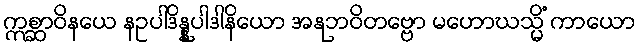
ဣစ္ဆာဝိနယေ နဥပါဒိန္နုပါဒါနိယော အနုဘဝိတဗ္ဗော မဟောဃသ္မိံ ကာယော